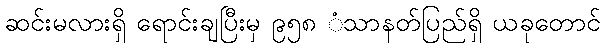
ဆင်းမလားရှိ ရောင်းချပြီးမှ ၉၅၈ ံသာနတ်ပြည်ရှိ ယခုတောင်